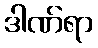
ဒါဏ်ရာ